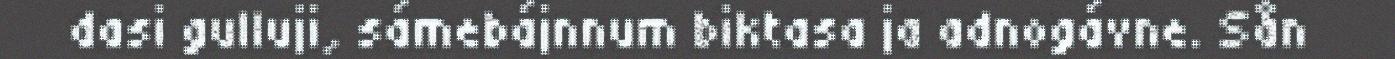
dasi gulluji, sámebájnnum biktasa ja adnogávne. Sån